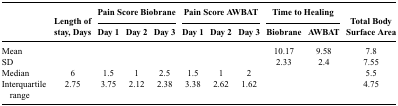
<table><thead><tr><td></td><td></td><td colspan="3"><b>Pain Score Biobrane</b></td><td colspan="3"><b>Pain Score AWBAT</b></td><td colspan="2"><b>Time to Healing</b></td><td></td></tr><tr><td></td><td><b>Length of stay, Days</b></td><td><b>Day 1</b></td><td><b>Day 2</b></td><td><b>Day 3</b></td><td><b>Day 1</b></td><td><b>Day 2</b></td><td><b>Day 3</b></td><td><b>Biobrane</b></td><td><b>AWBAT</b></td><td><b>Total Body Surface Area</b></td></tr></thead><tbody><tr><td>Mean</td><td></td><td></td><td></td><td></td><td></td><td></td><td></td><td>10.17</td><td>9.58</td><td>7.8</td></tr><tr><td>SD</td><td></td><td></td><td></td><td></td><td></td><td></td><td></td><td>2.33</td><td>2.4</td><td>7.55</td></tr><tr><td>Median</td><td>6</td><td>1.5</td><td>1</td><td>2.5</td><td>1.5</td><td>1</td><td>2</td><td></td><td></td><td>5.5</td></tr><tr><td>Interquartile range</td><td>2.75</td><td>3.75</td><td>2.12</td><td>2.38</td><td>3.38</td><td>2.62</td><td>1.62</td><td></td><td></td><td>4.75</td></tr></tbody></table>